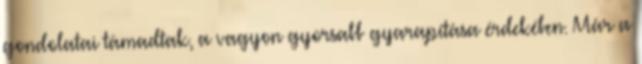
gondolatai támadtak, a vagyon gyorsabb gyarapítása érdekében. Már a